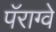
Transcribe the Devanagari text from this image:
पॅराग्वे